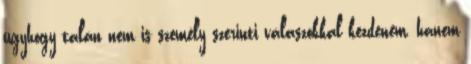
úgyhogy talán nem is személy szerinti válaszokkal kezdeném, hanem